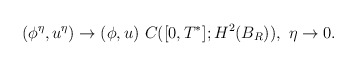
\begin{align*}&(\phi^\eta,u^\eta) \rightarrow (\phi,u) \ C([0,T^*];H^2(B_R)),\ \eta\rightarrow 0.\end{align*}